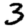
Digit: 3